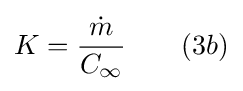
K={\frac {\dot {m}}{C_{\infty }}}\qquad (3b)